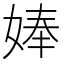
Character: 𡞗